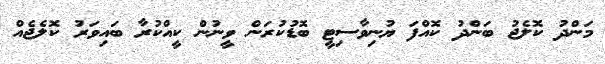
މަންދު ކޮލެޖު ބަންދު ކޮއްފަ ޔުނިވާސިޓީ ބޮޑުކުރަން ވީނުން ކީއްކުރާ ބައިވަރު ކޮލެޖެއް